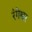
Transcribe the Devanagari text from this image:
रंगेश्वर